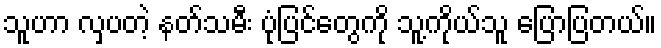
သူဟာ လှပတဲ့ နတ်သမီး ပုံပြင်တွေကို သူ့ကိုယ်သူ ပြောပြတယ်။